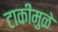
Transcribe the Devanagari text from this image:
टाकीमुळे